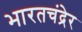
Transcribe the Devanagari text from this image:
भारतचंद्रेर